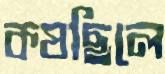
কষছিলে